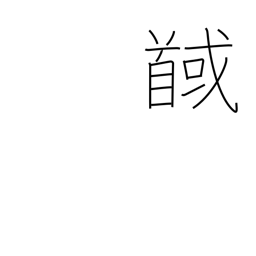
Meaning: behead